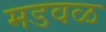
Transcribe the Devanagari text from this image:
मडवळ